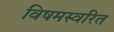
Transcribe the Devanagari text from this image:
विषमस्वरित